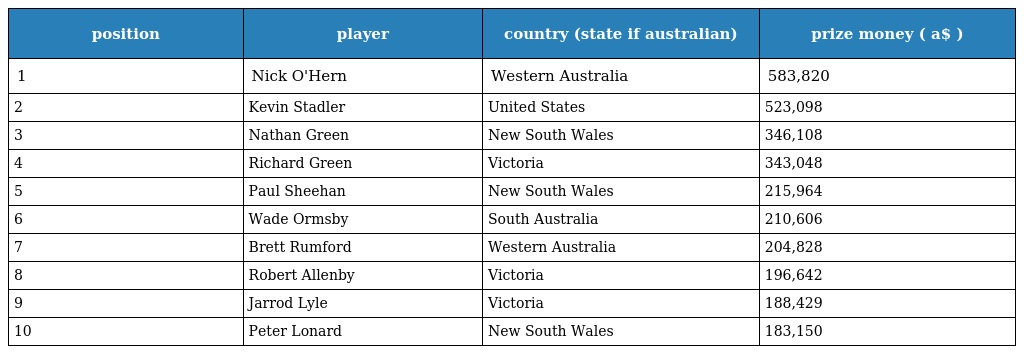
| position | player | country (state if australian) | prize money ( a$ ) |
 | --- | --- | --- | --- |
 | 1 | Nick O'Hern | Western Australia | 583,820 |
 | 2 | Kevin Stadler | United States | 523,098 |
 | 3 | Nathan Green | New South Wales | 346,108 |
 | 4 | Richard Green | Victoria | 343,048 |
 | 5 | Paul Sheehan | New South Wales | 215,964 |
 | 6 | Wade Ormsby | South Australia | 210,606 |
 | 7 | Brett Rumford | Western Australia | 204,828 |
 | 8 | Robert Allenby | Victoria | 196,642 |
 | 9 | Jarrod Lyle | Victoria | 188,429 |
 | 10 | Peter Lonard | New South Wales | 183,150 |